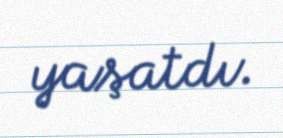
yaşatdı.